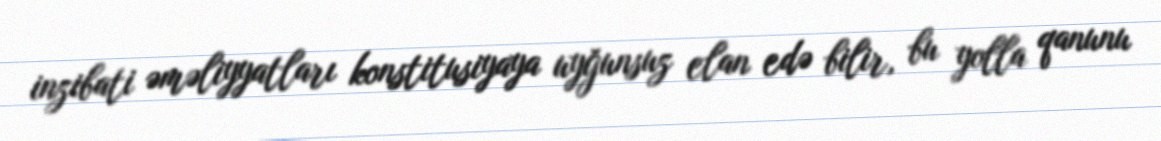
inzibati əməliyyatları konstitusiyaya uyğunsuz elan edə bilir, bu yolla qanunu